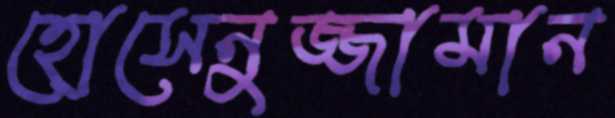
হোসেনুজ্জামান